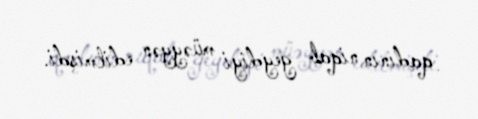
qadının niqab geydiyi müəyyən edilmişdi.